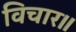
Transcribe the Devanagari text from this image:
विचार॥